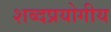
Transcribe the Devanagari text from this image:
शब्दप्रयोगीय